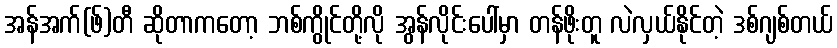
အန်အက်(ဖ်)တီ ဆိုတာကတော့ ဘစ်ကွိုင်တို့လို အွန်လိုင်းပေါ်မှာ တန်ဖိုးတူ လဲလှယ်နိုင်တဲ့ ဒစ်ဂျစ်တယ်